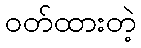
ဝတ်ထားတဲ့